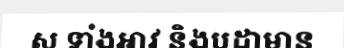
ស ទាំងអាវ និងបដាមាន